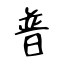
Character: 普